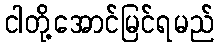
ငါတို့အောင်မြင်ရမည်